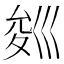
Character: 𭘁